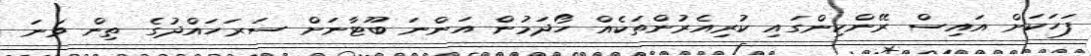
ފަހަކަށް އައިސް ރޭންކިންގައި ކުރިއެރުންތަކެއް ހޯދަމުން އަންނަ ބޫޓާނަށް ސަރަހައްދުގެ ތިން ވަނަ